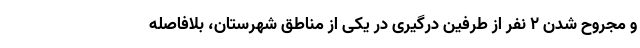
و مجروح شدن ۲ نفر از طرفین درگیری در یکی از مناطق شهرستان، بلافاصله